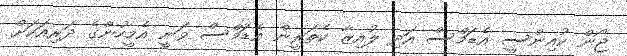
ޖޯން ކުއިންސީ އެޑަމްސް އަދި ލުއިޒާ ކެތަރީން އެޑަމްސް ވަނީ އެމީހުންގެ ދަރިއަކަށް